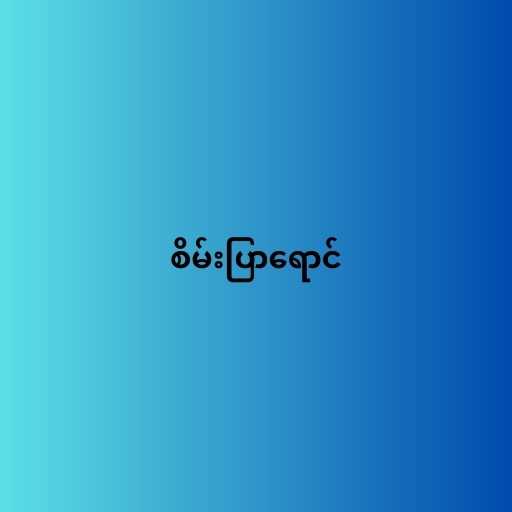
စိမ်းပြာရောင်